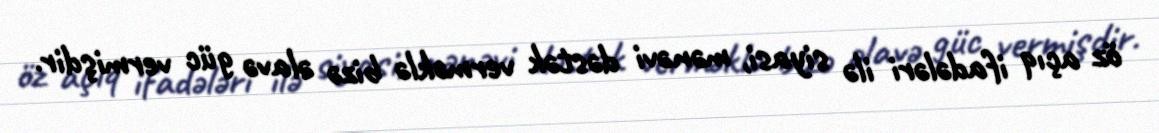
öz açıq ifadələri ilə siyasi, mənəvi dəstək verməklə bizə əlavə güc vermişdir.